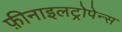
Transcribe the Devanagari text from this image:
फ़ीनाइलट्रोपेन्स